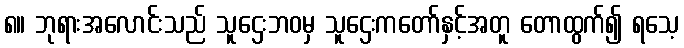
၈။ ဘုရားအလောင်းသည် သူဌေးဘဝမှ သူဌေးကတော်နှင့်အတူ တောထွက်၍ ရသေ့